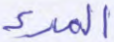
المرء